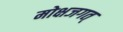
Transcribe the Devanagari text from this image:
मोक्षजगत्